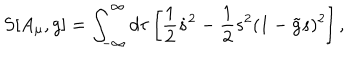
S [ A _ { \mu } , g ] = \int _ { - \infty } ^ { \infty } d \tau \left[ { \frac { 1 } { 2 } } \dot { s } ^ { 2 } - { \frac { 1 } { 2 } } s ^ { 2 } ( 1 - \tilde { g } s ) ^ { 2 } \right] ,